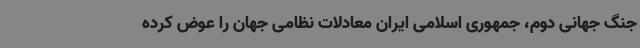
جنگ جهانی دوم، جمهوری اسلامی ایران معادلات نظامی جهان را عوض کرده